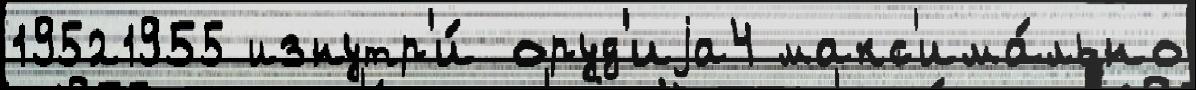
19521955 изнутр'и́ оруд'иjа4 макс'има́льно